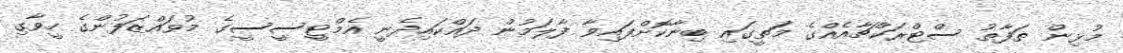
މުޅިން ތަފާތު ސްޓްރަކްޗާއެއްގެ މަތީގައި ބިނާކޮށްފައިވާ ފާލަމުން ދައްކައިދެނީ އެމްޓީސީސީގެ މުވައްޒަފުންގެ ހީވާގި